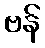
ဗန်